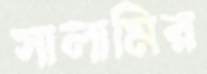
সালামির